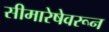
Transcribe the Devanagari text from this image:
सीमारेषेवरून